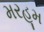
મરહૂમ